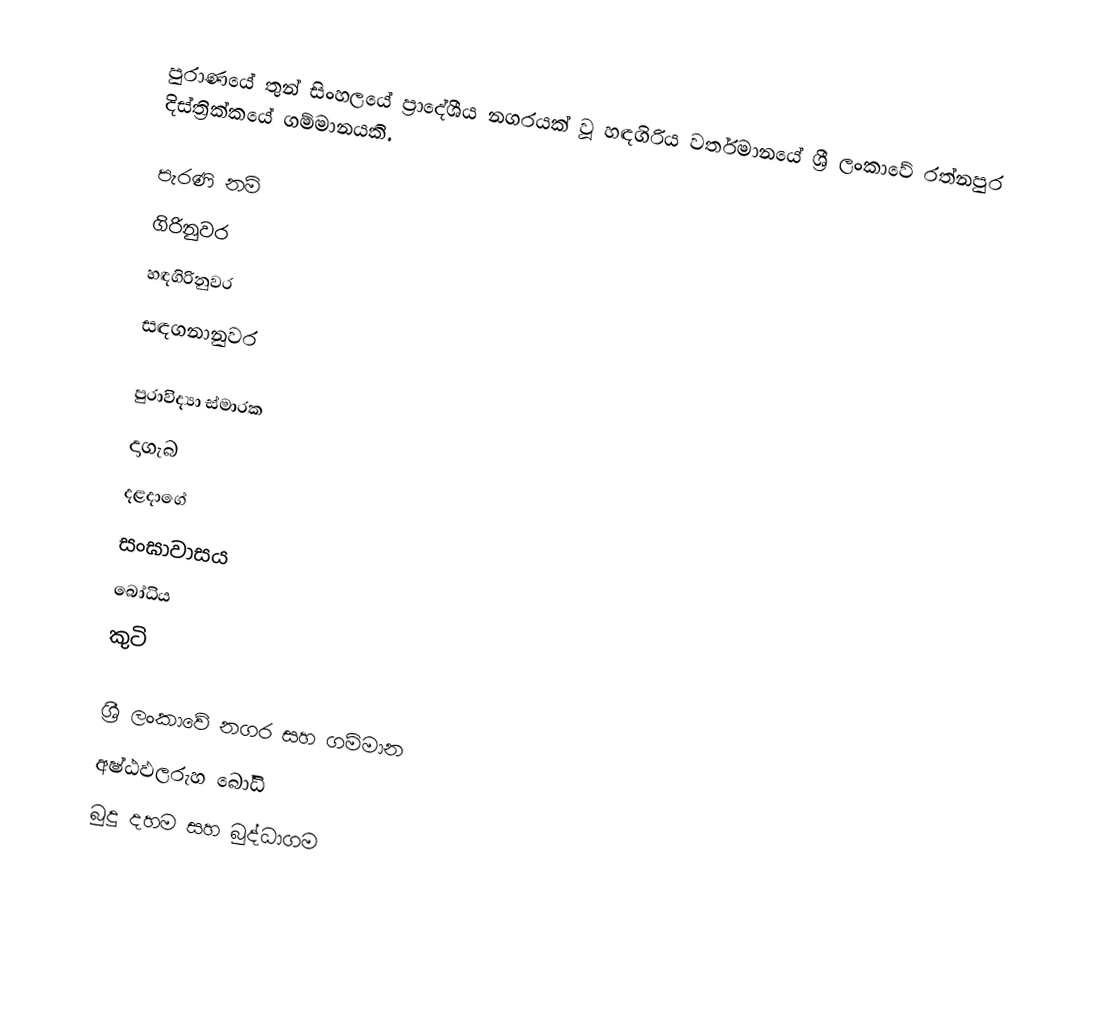
පුරාණයේ තුන් සිංහලයේ ප්‍රාදේශීය නගරයක් වූ හඳගිරිය වර්තමානයේ ශ්‍රී ලංකාවේ රත්නපුර දිස්ත්‍රික්කයේ ගම්මානයකි.

පැරණි නම්
 ගිරිනුවර
 හඳගිරිනුවර
 සඳගනානුවර

පුරාවිද්‍යා ස්මාරක
 දාගැබ
 දළදාගේ
 සංඝාවාසය
 බෝධිය
 කුටි

ශ්‍රී ලංකාවේ නගර සහ ගම්මාන
අෂ්ඨඵලරුහ බෝධි
බුදු දහම සහ බුද්ධාගම